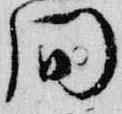
間